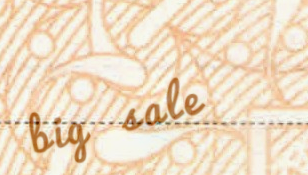
big sale